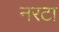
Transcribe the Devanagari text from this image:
नरटा